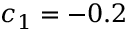
c _ { 1 } = - 0 . 2